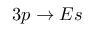
3 p \to E s